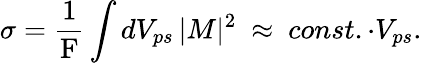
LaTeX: \sigma=\frac{1}{\mathrm{F}}\int dV_{ps}\, |M|^{2}\ \approx\ const.\cdot V_{ps}.